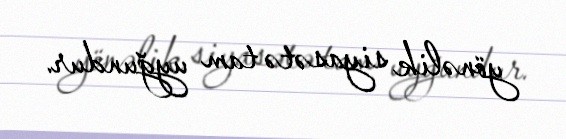
yönəlik siyasətə tam uyğundur.